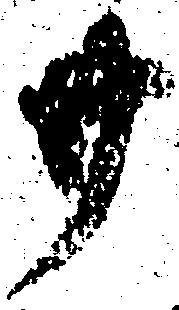
廿